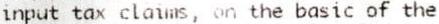
INPUT TAX CLAIMS, ON THE BASIC OF THE